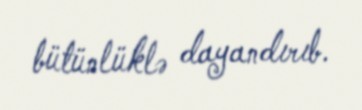
bütünlüklə dayandırıb.